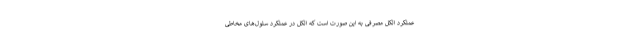
عملکرد الکل مصرفی به این صورت است که الکل در عملکرد سلول‌های مخاطی